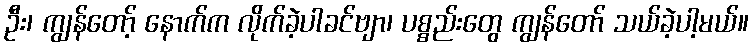
ဦး၊ ကျွန်တော့် နောက်က လိုက်ခဲ့ပါခင်ဗျာ၊ ပစ္စည်းတွေ ကျွန်တော် သယ်ခဲ့ပါ့မယ်။